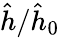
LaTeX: \hat{h}/\hat{h}_{0}